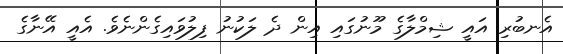
އެނބުރި އައީ ޝިމްލާގެ މޫނުގައި އިން ދެ ލަކުނު ފިލުވައިގެންނެވެ. އެއީ އޭނާގެ